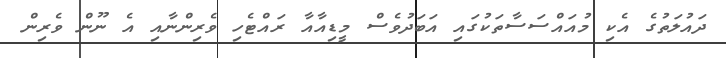
ދައުލަތުގެ އެކި މުއައްސަސާތަކުގައި އަބަދުވެސް މީޑިއާއާ ރައްޓެހި ވެރިންނާއި އެ ނޫން ވެރިން